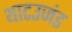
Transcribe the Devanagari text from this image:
थाटउजंड